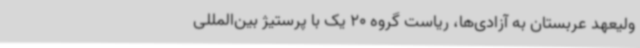
ولیعهد عربستان به آزادی‌ها،‌ ریاست گروه 20 یک با پرستیژ بین‌المللی